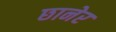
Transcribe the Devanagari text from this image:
छानेर